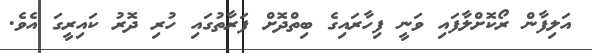
އަލިފާން ރޯކޮށްލާފައި ވަނީ ފިހާރައިގެ ބިތްދޮށް ފަރާތުގައި ހުރި ދޮރު ކައިރީގަ އެވެ.